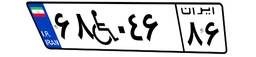
۶۸W۰۴۶۸۶